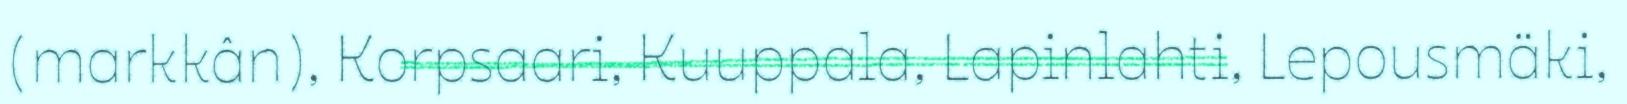
(markkân), Korpsaari, Kuuppala, Lapinlahti, Lepousmäki,